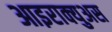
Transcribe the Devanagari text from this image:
आइराक्युअस